system: You are a helpful assistant.
user:
Analyze the provided spectrum to determine if it is a **M-type Giant (gM)**.

A M-type Giant spectrum is defined by its **strong molecular absorption** features, particularly from **Titanium Oxide (TiO)**. You must check for one of the following mutually exclusive signatures:

- **Key Visual Indicators (Absorption-Dominated Spectrum):**

    - **(Primary):** The spectrum is dominated by strong molecular absorption from **Titanium Oxide (TiO)**. This is the **defining feature** of its M-type temperature class.
        - **(Key Bandheads):** Look for sharp, "saw-tooth" absorption valleys. The strongest are located near **~7050 Å**, **~6160 Å**, and **~5170 Å**.
        - **(Line Profile):** The "saw-tooth" morphology is critical: a **sharp, steep drop on the BLUE (short-wavelength) side** of the bandhead, followed by a gradual recovery (rising flux) towards the RED (long-wavelength) side.

    - **(Key Confirmation - Giant vs. Dwarf):** **ABSENCE** of strong **Calcium Hydride (CaH)** molecular bands. This is the primary diagnostic for *excluding* M-dwarfs.
        - **(Key Region):** The spectrum should lack the strong, broad absorption band seen in dwarfs between **~6800 Å and ~7000 Å**.

    - **(Secondary Confirmation - Giant):** A very strong and broad **Neutral Calcium (Ca I)** atomic absorption line.
        - **(Key Line):** Located at **~4226 Å**. In a giant (gM), this line is significantly deeper and broader than the same line in an M-dwarf (dM) due to low surface gravity.

    - **(Overall Spectrum):**
        - The continuum is **extremely red-sloping** (i.e., flux is very low in the blue and rises dramatically towards the red).
        - The entire spectrum appears "chopped up" by the deep TiO bands.

Think first, call **spectral_visualization_tool** if needed to examine features in detail, then provide your final answer. Your response must adhere to the following strict rules:
1.  **Overall Structure:** Your response must follow the format `<think>...</think> <tool_call>...</tool_call> (if a tool is used) <answer>...</answer>`.
2.  **Tool Usage Constraint:** You may only make **one** tool call per turn.
3.  **Final Answer Format:** In the `<answer>` tag, your conclusion must be inside a `\boxed{}` command (e.g., `\boxed{YES}` or `\boxed{NO}`), followed by your justification.

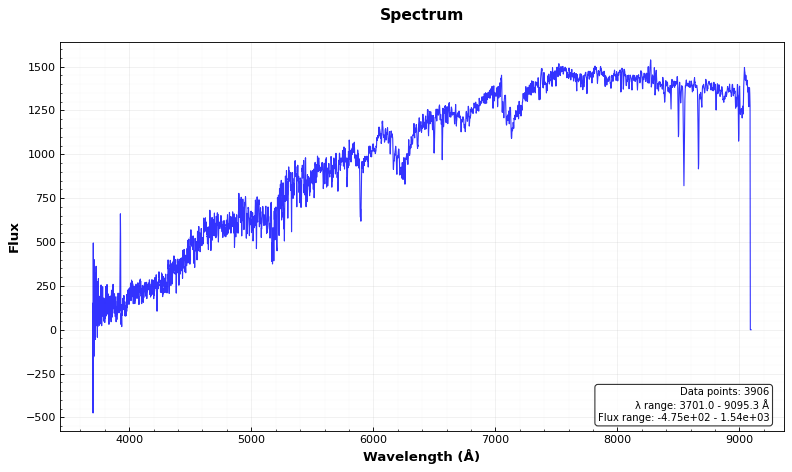
Answer: YES